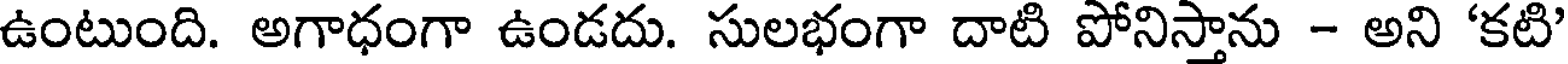
ఉంటుంది. అగాధంగా ఉండదు. సులభంగా దాటి పోనిస్తాను - అని 'కటి